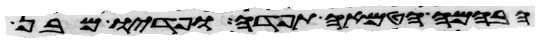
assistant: הבהמה הטמאה תפדה ופדיו מבן